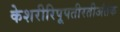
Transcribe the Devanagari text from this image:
केशरीरिपूपतीरतीअंतक